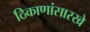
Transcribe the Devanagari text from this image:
ठिकाणांसारखे